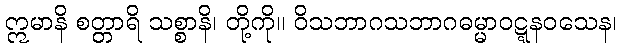
ဣမာနိ စတ္တာရိ သစ္စာနိ၊ တို့ကို။ ဝိသဘာဂသဘာဂဓမ္မာဝဋ္ဋနဝသေန၊